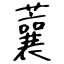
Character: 蘘